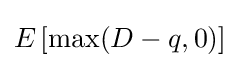
E\left[\max(D-q,0)\right]